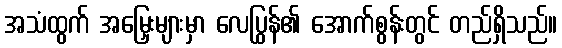
အသံထွက် အမြှေးများမှာ လေပြွန်၏ အောက်စွန်းတွင် တည်ရှိသည်။